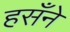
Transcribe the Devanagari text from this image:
हसँने